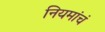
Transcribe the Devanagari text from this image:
नियमांचं